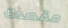
مقصدك